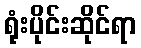
ရုံးပိုင်းဆိုင်ရာ